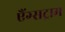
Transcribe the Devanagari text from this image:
एैंग्सट्राम